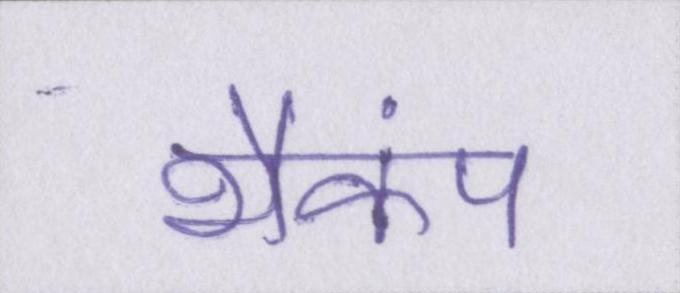
भैकंप